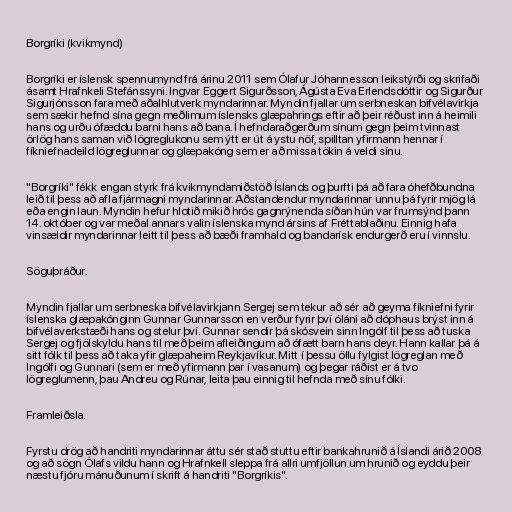
Borgríki (kvikmynd)

Borgríki er íslensk spennumynd frá árinu 2011 sem Ólafur Jóhannesson leikstýrði og skrifaði
ásamt Hrafnkeli Stefánssyni. Ingvar Eggert Sigurðsson, Ágústa Eva Erlendsdóttir og Sigurður
Sigurjónsson fara með aðalhlutverk myndarinnar. Myndin fjallar um serbneskan bifvélavirkja
sem sækir hefnd sína gegn meðlimum íslensks glæpahrings eftir að þeir réðust inn á heimili
hans og urðu ófæddu barni hans að bana. Í hefndaraðgerðum sínum gegn þeim tvinnast
örlög hans saman við lögreglukonu sem ýtt er út á ystu nöf, spilltan yfirmann hennar í
fíkniefnadeild lögreglunnar og glæpakóng sem er að missa tökin á veldi sínu.

"Borgríki" fékk engan styrk frá kvikmyndamiðstöð Íslands og þurfti þá að fara óhefðbundna
leið til þess að afla fjármagni myndarinnar. Aðstandendur myndarinnar unnu þá fyrir mjög lá
eða engin laun. Myndin hefur hlotið mikið hrós gagnrýnenda síðan hún var frumsýnd þann
14. október og var meðal annars valin íslenska mynd ársins af Fréttablaðinu. Einnig hafa
vinsældir myndarinnar leitt til þess að bæði framhald og bandarísk endurgerð eru í vinnslu.

Söguþráður.

Myndin fjallar um serbneska bifvélavirkjann Sergej sem tekur að sér að geyma fíkniefni fyrir
íslenska glæpakónginn Gunnar Gunnarsson en verður fyrir því óláni að dóphaus brýst inn á
bifvélaverkstæði hans og stelur því. Gunnar sendir þá skósvein sinn Ingólf til þess að tuska
Sergej og fjölskyldu hans til með þeim afleiðingum að ófætt barn hans deyr. Hann kallar þá á
sitt fólk til þess að taka yfir glæpaheim Reykjavíkur. Mitt í þessu öllu fylgist lögreglan með
Ingólfi og Gunnari (sem er með yfirmann þar í vasanum) og þegar ráðist er á tvo
lögreglumenn, þau Andreu og Rúnar, leita þau einnig til hefnda með sínu fólki.

Framleiðsla.

Fyrstu drög að handriti myndarinnar áttu sér stað stuttu eftir bankahrunið á Íslandi árið 2008
og að sögn Ólafs vildu hann og Hrafnkell sleppa frá allri umfjöllun um hrunið og eyddu þeir
næstu fjóru mánuðunum í skrift á handriti "Borgríkis".